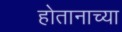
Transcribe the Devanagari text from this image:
होतानाच्या